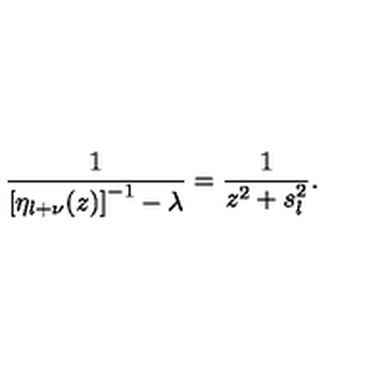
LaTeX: \frac { 1 } { \left[ \eta _ { l + \nu } ( z ) \right] ^ { - 1 } - \lambda } = \frac { 1 } { z ^ { 2 } + s _ { l } ^ { 2 } } .